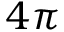
4 \pi